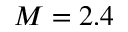
M = 2 . 4